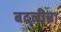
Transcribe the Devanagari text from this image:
बदलीचा